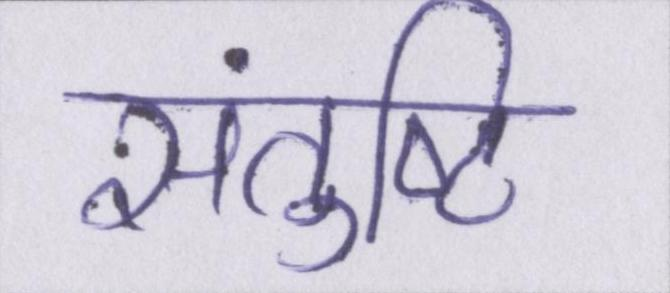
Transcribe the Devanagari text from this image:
संतुष्टि